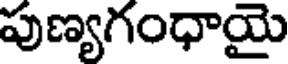
పుణ్యగంధాయై